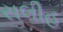
સલીહ